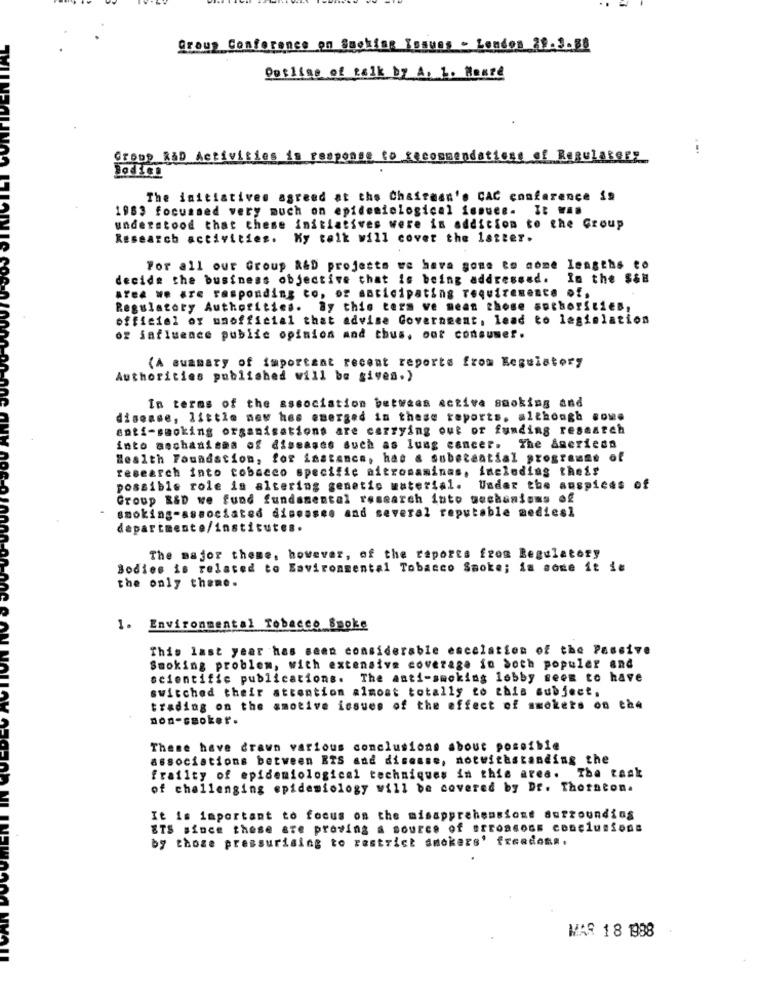
Group Conference on Smoking Issues - London 39.3.88
Outline of talk by A. L. Hanze
Creme RID Activities in response to recommendations of Regulatory
The initiatives agreed at the Chairman's CAC conference is
1983 focussed very much on epidemiological issues. It was
understood that these initiatives were in addition to the Group
Research activities. Ky talk will cover the latter.
For all our Group R&D projects we have gone to come lengths to
decide the business objective that is being addressed.
In the S&H
area we are responding to, or saticipating requirements of,
Regulatory Authorities. By this ters ve mean those authorities,
officiel of unofficial that advise Government, lead to legislation
of jafluence public opinion and thus, oot consumer.
(A summary of important recent reports from Regulatory
Authorities published will be given.)
In terms of the association between active smoking and
disease, little new has emerged in these reports, although cowe
anti-smoking organisations are carrying out of funding research
into mechanisms of diseases such as lung cancer. The &seriean
Health Foundation, for instance, has a substantial programme of
research into tobacco specific aitromaminas, imelodias their
possible role is altering genetic material. Under the auspices of
Group R&D we fund fundamental research into mechanisms of
smoking-associated diseases and several reputable medies1
departmente/institutes.
The major theme, however, of the reports from Regulatory
Bodies is related to Environmental Tobacco Smoke; in some it ie
the only theme.
1. Environmental Tobacco Smoke
This last year has seen considerable escalation of the Passive
Smoking problem, with extensive coverage in both populer and
scientific publications. The anti-smoking lobby seem to have
switched their attention almost totally to this subject.
trading on the amotive issues of the effect of smokers on the
non-ssoket.
These have drawn various conclusions about possible
associations between ETS and disease, notwithstanding the
frailty of epidemiological techniques in this area. The task
of challenging epidemiology will be covered by Dr. Thornton.
It is important to focus on the misapprehensiont Surrounding
ETS since these are proving a source of erromeons conclusions
by those pressurising to restrict smokers' freedom ..
MAR 18 1988